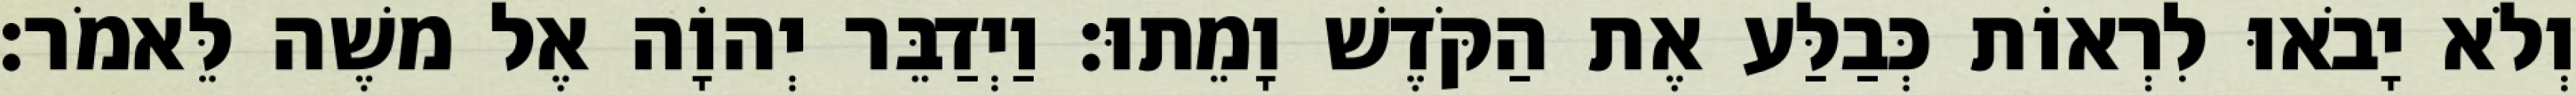
וְלֹא יָבֹאוּ לִרְאוֹת כְּבַלַּע אֶת הַקֹּדֶשׁ וָמֵתוּ׃ וַיְדַבֵּר יְהוָֹה אֶל משֶׁה לֵּאמֹר׃